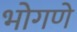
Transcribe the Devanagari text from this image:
भोगणे